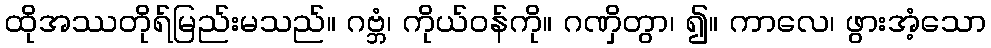
ထိုအဿတိုရ်မြည်းမသည်။ ဂဗ္ဘံ၊ ကိုယ်ဝန်ကို။ ဂဏှိတွာ၊ ၍။ ကာလေ၊ ဖွားအံ့သော